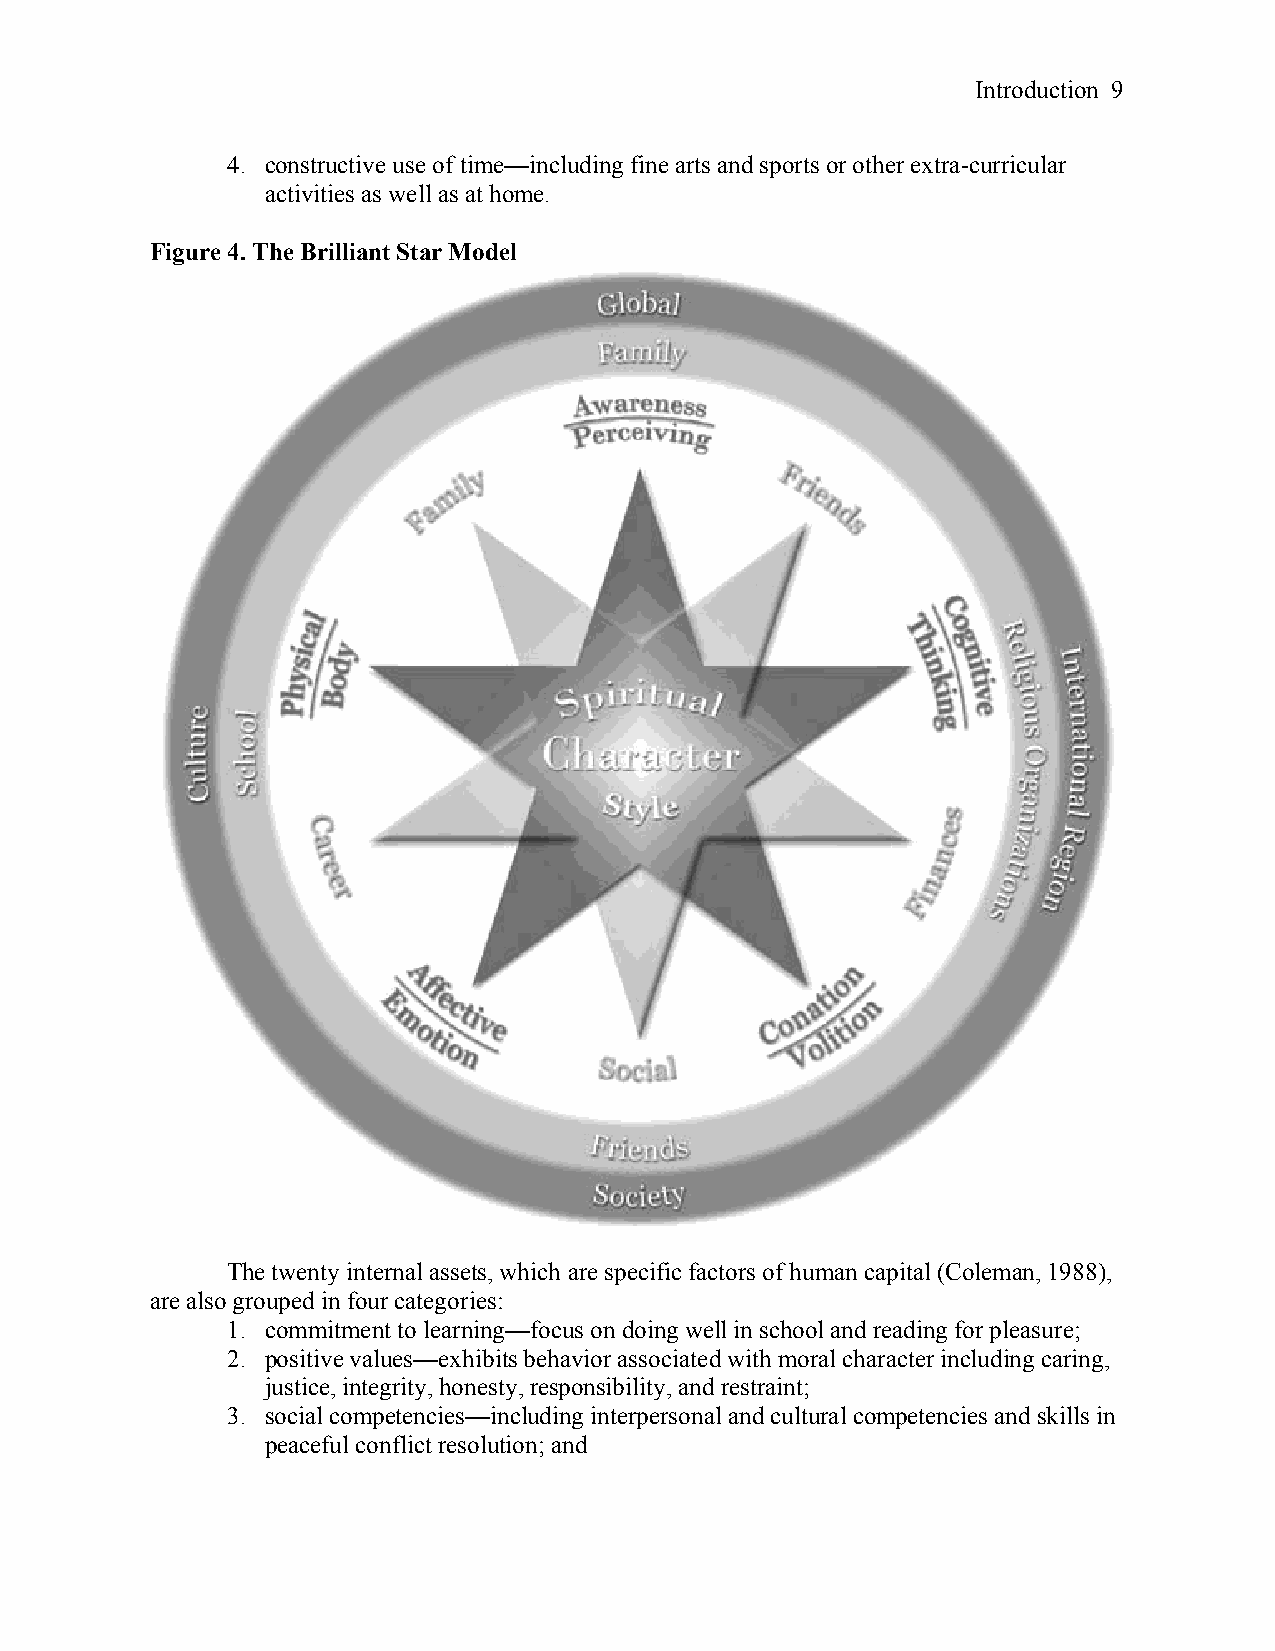
Introduction 9
 4. constructive use of time—including fine arts and sports or other extra-curricular
 activities as well as at home.
 Figure 4. The Brilliant Star Model
 The twenty internal assets, which are specific factors of human capital (Coleman, 1988),
 are also grouped in four categories:
 1. commitment to learning—focus on doing well in school and reading for pleasure;
 2. positive values—exhibits behavior associated with moral character including caring,
 justice, integrity, honesty, responsibility, and restraint;
 3. social competencies—including interpersonal and cultural competencies and skills in
 peaceful conflict resolution; and